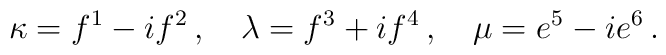
\kappa =   f^1 - i f^2 \,, \quad\lambda =f^3 + i f^4 \,, \quad\mu = e^5 - i e^6\,.